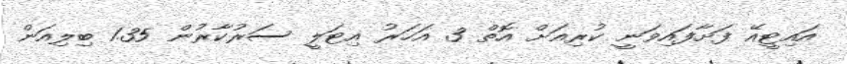
އައިޓީއޭ ފަށާފައިވަނީ ކުރިއަށް އޮތް 3 އަހަރު އިޓަލީ ސަރުކާރުން 1.35 ބިލިއަން